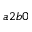
a 2 b 0